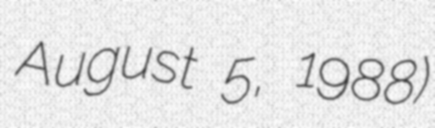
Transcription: August 5, 1988)